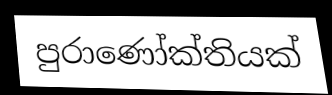
පුරාණෝක්තියක්